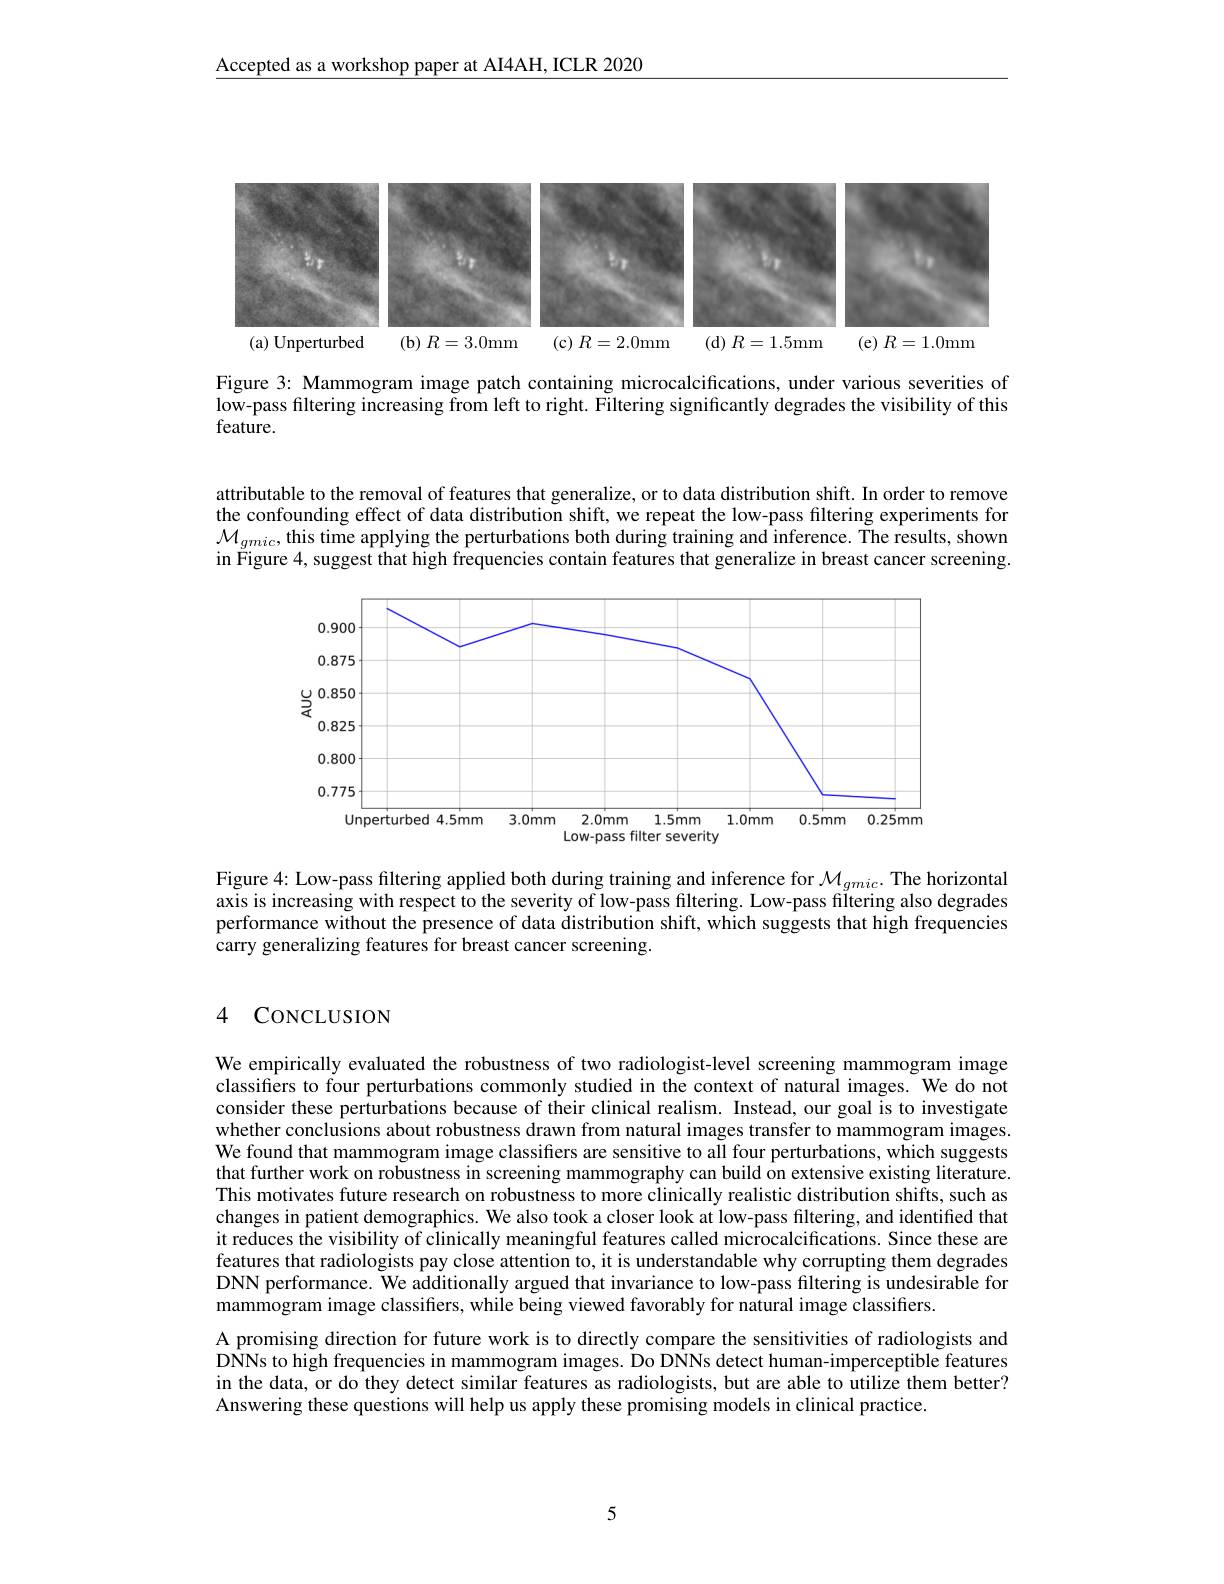
Accepted as a workshop paper at AI4AH, ICLR 2020

<FigureHere>

Figure 3: Mammogram image patch containing microcalcifications, under various severities of low-pass filtering increasing from left to right. Filtering significantly degrades the visibility of this feature.

attributable to the removal of features that generalize, or to data distribution shift. In order to remove the confounding effect of data distribution shift, we repeat the low-pass filtering experiments for $\mathcal{M}_{gmic}$,this time applying the perturbations both during training and inference. The results, shown in Figure 4, suggest that high frequencies contain features that generalize in breast cancer screening.

<FigureHere>
Unperturbed 4.5mm 3.0mm 2.0mm 1.5mm 1.0mm 0.5mm 0.25mm

Low-pass filter severity

Figure 4: Low-pass filtering applied both during training and inference for $\mathcal{M}_{gmic}.$ The horizontal axis is increasing with respect to the severity of low-pass filtering. Low-pass filtering also degrades performance without the presence of data distribution shift, which suggests that high frequencies carry generalizing features for breast cancer screening.

### 4 CONCLUSION

We empirically evaluated the robustness of two radiologist-level screening mammogram image classifiers to four perturbations commonly studied in the context of natural images. We do not consider these perturbations because of their clinical realism. Instead, our goal is to investigate whether conclusions about robustness drawn from natural images transfer to mammogram images. We found that mammogram image classifiers are sensitive to all four perturbations, which suggests that further work on robustness in screening mammography can build on extensive existing literature. This motivates future research on robustness to more clinically realistic distribution shifts, such as changes in patient demographics. We also took a closer look at low-pass filtering, and identiffed that it reduces the visibility of clinically meaningful features called microcalcifications. Since these are features that radiologists pay close attention to, it is understandable why corrupting them degrades DNN performance. We additionally argued that invariance to low-pass filtering is undesirable for mammogram image classifiers, while being viewed favorably for natural image classifiers.
A promising direction for future work is to directly compare the sensitivities of radiologists and DNNs to high frequencies in mammogram images. Do DNNs detect human-imperceptible features in the data, or do they detect similar features as radiologists, but are able to utilize them better? Answering these questions will help us apply these promising models in clinical practice.

5